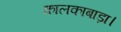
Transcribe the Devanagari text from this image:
कालकाबाड़ा।